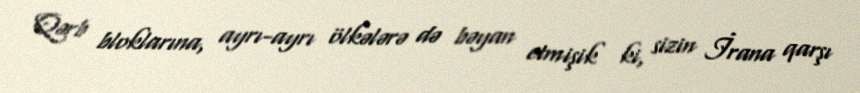
Qərb bloklarına, ayrı-ayrı ölkələrə də bəyan etmişik ki, sizin İrana qarşı